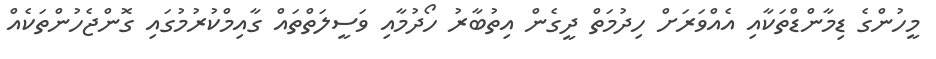
މީހުންގެ ޑިމާންޑްތަކާއި އެއްވަރަށް ހިދުމަތް ދީގެން އިތުބާރު ހޯދުމާއި ވަސީލަތްތައް ގާއިމްކުރުމުގައި ގޮންޖެހުންތަކެއް